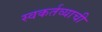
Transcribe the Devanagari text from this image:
स्वकर्तव्याची